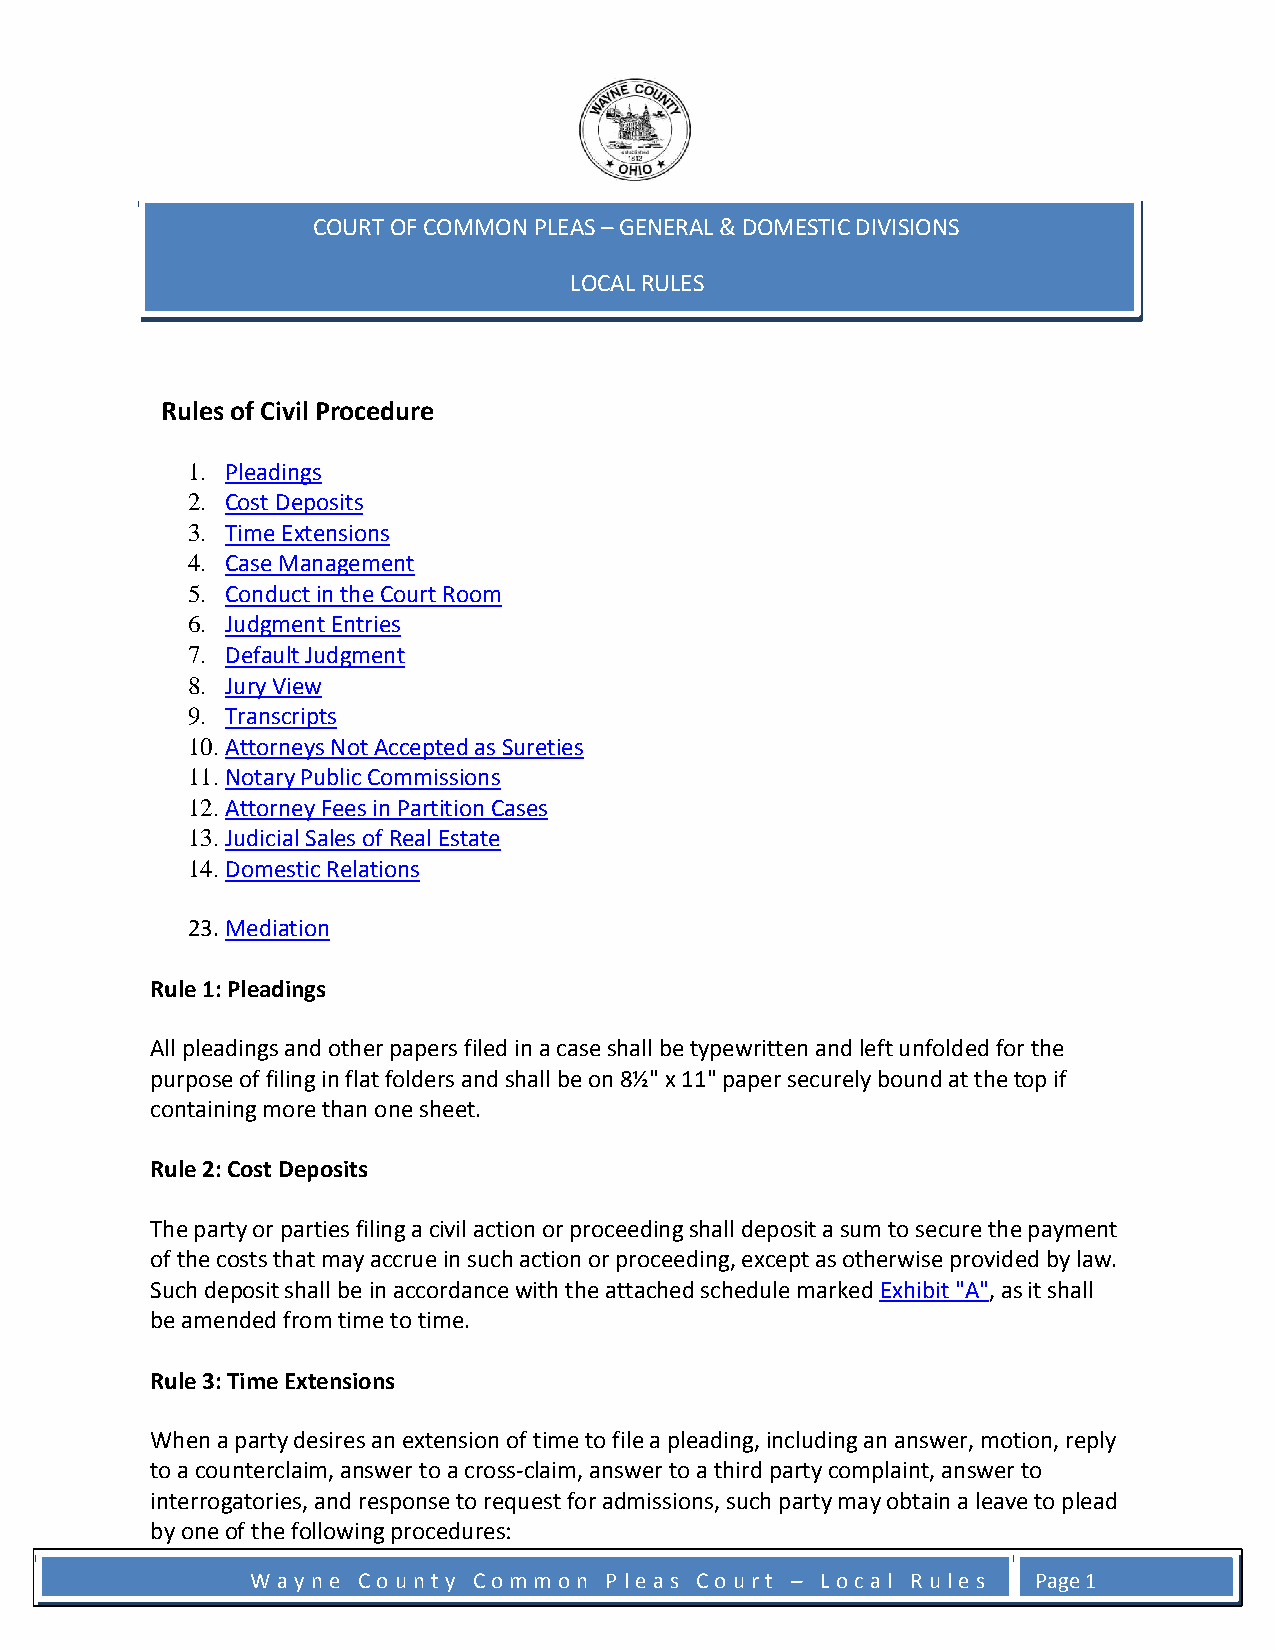
COURT OF COMMON PLEAS – GENERAL & DOMESTIC DIVISIONS
 LOCAL RULES
 Rules of Civil Procedure
 1. Pleadings
 2. Cost Deposits
 3. Time Extensions
 4. Case Management
 5. Conduct in the Court Room
 6. Judgment Entries
 7. Default Judgment
 8. Jury View
 9. Transcripts
 10. Attorneys Not Accepted as Sureties
 11. Notary Public Commissions
 12. Attorney Fees in Partition Cases
 13. Judicial Sales of Real Estate
 14. Domestic Relations
 23. Mediation
 Rule 1: Pleadings
 All pleadings and other papers filed in a case shall be typewritten and left unfolded for the
 purpose of filing in flat folders and shall be on 8½" x 11" paper securely bound at the top if
 containing more than one sheet.
 Rule 2: Cost Deposits
 The party or parties filing a civil action or proceeding shall deposit a sum to secure the payment
 of the costs that may accrue in such action or proceeding, except as otherwise provided by law.
 Such deposit shall be in accordance with the attached schedule marked Exhibit "A", as it shall
 be amended from time to time.
 Rule 3: Time Extensions
 When a party desires an extension of time to file a pleading, including an answer, motion, reply
 to a counterclaim, answer to a cross-claim, answer to a third party complaint, answer to
 interrogatories, and response to request for admissions, such party may obtain a leave to plead
 by one of the following procedures:
 W a y n e C o u n t y C o m m o n P l e a s C o u r t – L o c a l R u l e s Page 1